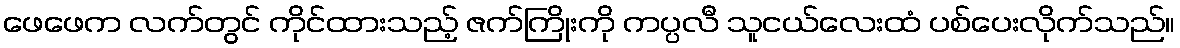
ဖေဖေက လက်တွင် ကိုင်ထားသည့် ဇက်ကြိုးကို ကပ္ပလီ သူငယ်လေးထံ ပစ်ပေးလိုက်သည်။